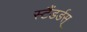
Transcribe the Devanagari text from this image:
स्टैंडर्डस्